Annual administration and progress report of the Indian Medical Department, Bombay
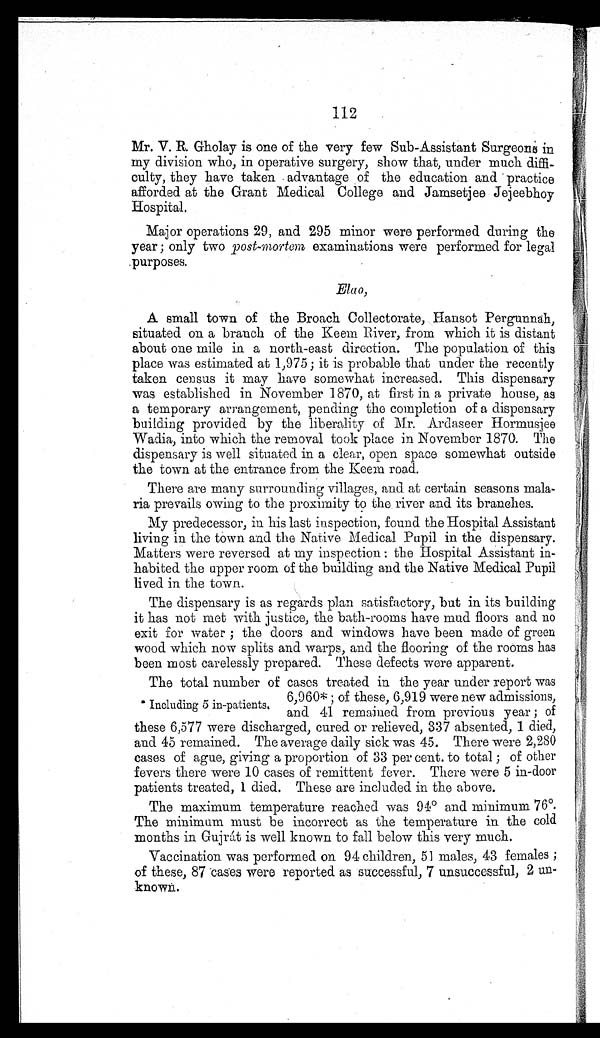
112
Mr. V. R. Gholay is one of the very few Sub-Assistant Surgeons in
my division who, in operative surgery, show that, under much diffi-
culty, they have taken advantage of the education and practice
afforded at the Grant Medical College and Jamsetjee Jejeebhoy
Hospital.
Major operations 29, and 295 minor were performed during the
year; only two post-mortem examinations were performed for legal
purposes.
Elao,
A small town of the Broach Collectorate, Hansot Pergunnah,
situated on a branch of the Keem River, from which it is distant
about one mile in a north-east direction. The population of this
place was estimated at 1,975; it is probable that under the recently
taken census it may have somewhat increased. This dispensary
was established in November 1870, at first in a private house, as
a temporary arrangement, pending the completion of a dispensary
building provided by the liberality of Mr. Ardaseer Hormusjee
Wadia, into which the removal took place in November 1870. The
dispensary is well situated in a clear, open space somewhat outside
the town at the entrance from the Keem road.
There are many surrounding villages, and at certain seasons mala-
ria prevails owing to the proximity to the river and its branches.
My predecessor, in his last inspection, found the Hospital Assistant
living in the town and the Native Medical Pupil in the dispensary.
Matters were reversed at my inspection: the Hospital Assistant in-
habited the upper room of the building and the Native Medical Pupil
lived in the town.
The dispensary is as regards plan satisfactory, but in its building
it has not met with justice, the bath-rooms have mud floors and no
exit for water; the doors and windows have been made of green
wood which now splits and warps, and the flooring of the rooms has
been most carelessly prepared. These defects were apparent.
The total number of cases treated in the year under report was
* Including 5 in-patients.
6,960*; of these, 6,919 were new admissions,
and 41 remained from previous year; of
these 6,577 were discharged, cured or relieved, 337 absented, 1 died,
and 45 remained. The average daily sick was 45. There were 2,280
cases of ague, giving a proportion of 33 per cent. to total; of other
fevers there were 10 cases of remittent fever. There were 5 in-door
patients treated, 1 died. These are included in the above.
The maximum temperature reached was 94º and minimum 76º.
The minimum must be incorrect as the temperature in the cold
months in Gujrát is well known to fall below this very much.
Vaccination was performed on 94 children, 51 males, 43 females;
of these, 87 cases were reported as successful, 7 unsuccessful, 2 un-
known.